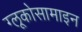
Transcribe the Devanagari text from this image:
ग्लूकोसामाइन